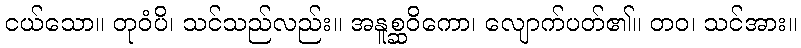
ငယ်သော။ တုဝံပိ၊ သင်သည်လည်း။ အနူစ္ဆဝိကော၊ လျောက်ပတ်၏။ တဝ၊ သင်အား။